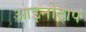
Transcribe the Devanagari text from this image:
आइनोट्रोप